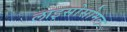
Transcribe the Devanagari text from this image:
लाइसोसोमल